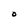
Character: 0